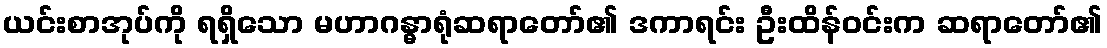
ယင်းစာအုပ်ကို ရရှိသော မဟာဂန္ဓာရုံဆရာတော်၏ ဒကာရင်း ဦးထိန်ဝင်းက ဆရာတော်၏